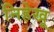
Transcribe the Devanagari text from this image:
निहेखू